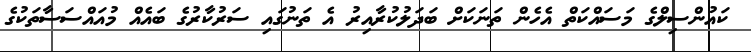
ކައުންސިލްގެ މަސައްކަތް އެހެން ތަނަކަށް ބަދަލުކުރާއިރު އެ ތަނުގައި ސަރުކާރުގެ ބައެއް މުއައްސަސާތަކުގެ